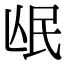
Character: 𭯰